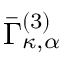
\bar { \Gamma } _ { \kappa , \alpha } ^ { ( 3 ) }